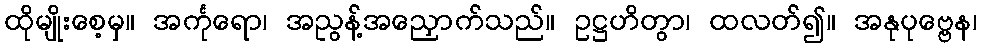
ထိုမျိုးစေ့မှ။ အင်္ကုရော၊ အညွန့်အညှောက်သည်။ ဥဋ္ဌဟိတွာ၊ ထလတ်၍။ အနုပုဗ္ဗေန၊